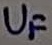
Text: UF